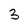
Character: 3